Annual report of the Prince of Wales Medical College, Patna
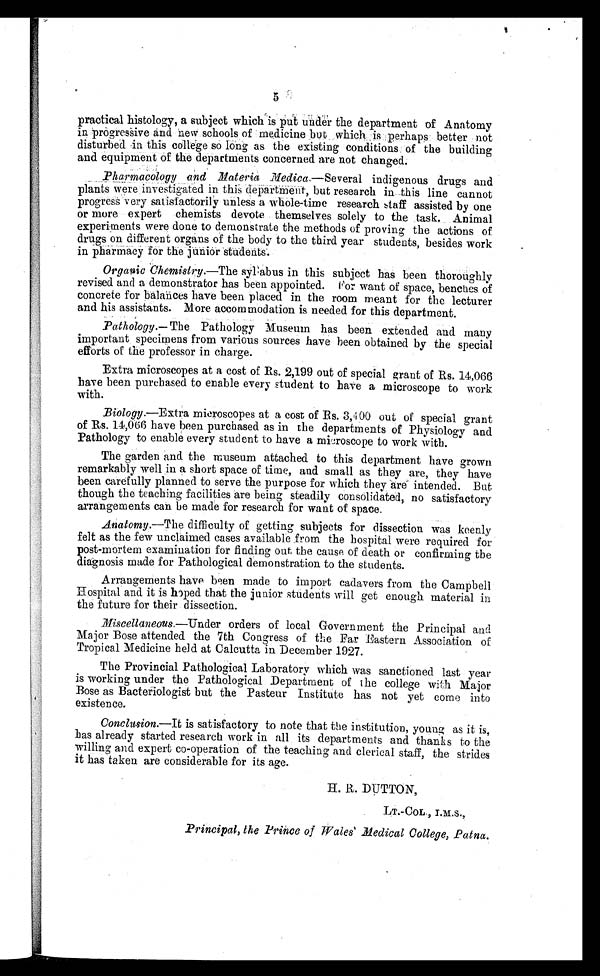
5
practical histology, a subject which is put under the department of Anatomy
in progressive and new schools of medicine but which is perhaps better not
disturbed in this college so long as the existing conditions of the building
and equipment of the departments concerned are not changed.
Pharmacology and Materia Medica.—Several indigenous drugs and
plants were investigated in this department, but research in this line cannot
progress very satisfactorily unless a whole-time research staff assisted by one
or more expert chemists devote themselves solely to the task. Animal
experiments were done to demonstrate the methods of proving the actions of
drugs on different organs of the body to the third year students, besides work
in pharmacy for the junior students.
Organic Chemistry. —The syllabus in this subject has been thoroughly
revised and a demonstrator has been appointed. For want of space, benches of
concrete for balances have been placed in the room meant for the lecturer
and his assistants. More accommodation is needed for this department.
Pathology. —The Pathology Museum has been extended and many
important specimens from various sources have been obtained by the special
efforts of the professor in charge.
Extra microscopes at a cost of Rs. 2,199 out of special grant of Rs. 14,066
have been purchased to enable every student to have a microscope to work
with.
Biology.—Extra microscopes at a cost of Rs. 3,400 out of special grant
of Rs. 14,066 have been purchased as in the departments of Physiology and
Pathology to enable every student to have a microscope to work with.
The garden and the museum attached to this department have grown
remarkably well in a short space of time, and small as they are, they have
been carefully planned to serve the purpose for which they are intended. But
though the teaching facilities are being steadily consolidated, no satisfactory
arrangements can be made for research for want of space.
Anatomy.—The difficulty of getting subjects for dissection was keenly
felt as the few unclaimed cases available from the hospital were required for
post-mortem examination for finding out the cause of death or confirming the
diagnosis made for Pathological demonstration to the students.
Arrangements have been made to import cadavers from the Campbell
Hospital and it is hoped that the junior students will get enough material in
the future for their dissection.
Miscellaneous. —Under orders of local Government the Principal and
Major Bose attended the 7th Congress of the Far Eastern Association of
Tropical Medicine held at Calcutta in December 1927.
The Provincial Pathological Laboratory which was sanctioned last year
is working under the Pathological Department of the college with Major
Bose as Bacteriologist but the Pasteur Institute has not yet come into
existence.
Conclusion.—It is satisfactory to note that the institution, young as it is,
has already started research work in. all its departments and. thanks to the
willing and expert co-operation of the teaching and clerical staff, the strides
it has taken are considerable for its age.
H. R. DUTTON,
LT.-COL., I.M.S.,
Pri nci pal , t he Pri nce of Wal es Medi cal Col l ege, Pat na.